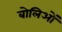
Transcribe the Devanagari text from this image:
बोलिओं